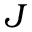
\boldsymbol J